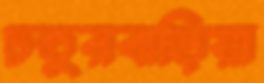
চতুরবাড়িয়া